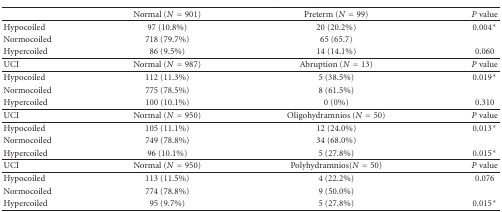
|  | Normal (N = 901) | Preterm (N = 99) | P value |
 | --- | --- | --- | --- |
 | Hypocoiled | 97 (10.8%) | 20 (20.2%) | 0.004* |
 | Normocoiled | 718 (79.7%) | 65 (65.7) |  |
 | Hypercoiled | 86 (9.5%) | 14 (14.1%) | 0.060 |
 | UCI | Normal (N = 987) | Abruption (N = 13) | P value |
 | Hypocoiled | 112 (11.3%) | 5 (38.5%) | 0.019* |
 | Normocoiled | 775 (78.5%) | 8 (61.5%) |  |
 | Hypercoiled | 100 (10.1%) | 0 (0%) | 0.310 |
 | UCI | Normal (N = 950) | Oligohydramnios (N = 50) | P value |
 | Hypocoiled | 105 (11.1%) | 12 (24.0%) | 0.013* |
 | Normocoiled | 749 (78.8%) | 34 (68.0%) |  |
 | Hypercoiled | 96 (10.1%) | 5 (27.8%) | 0.015* |
 | UCI | Normal (N = 950) | Polyhydramnios(N = 50) | P value |
 | Hypocoiled | 113 (11.5%) | 4 (22.2%) | 0.076 |
 | Normocoiled | 774 (78.8%) | 9 (50.0%) |  |
 | Hypercoiled | 95 (9.7%) | 5 (27.8%) | 0.015* |